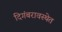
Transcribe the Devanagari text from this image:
दिगंबरावस्थेत